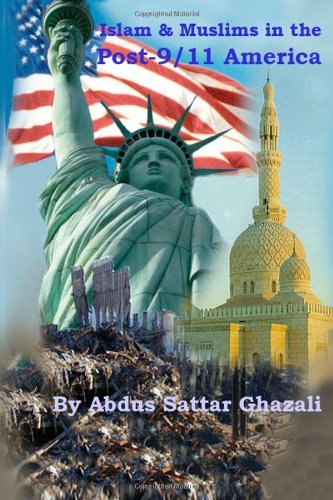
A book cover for Islam & Muslims in the Post-9/11 America; Abdus Sattar Ghazali; Crafts, Hobbies & Home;